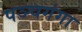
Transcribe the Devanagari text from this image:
पञ्चगंगा